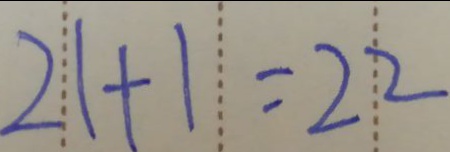
2 1 + 1 = 2 2